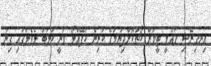
އިނގިރޭސި ގައުމީ ޓީމަށް ކޯޗުކޮށްދިނުމުގެ ކުރިން ކަޕޭއްލޯ ވަނީ ކުލަބު ލެވެލްގައި ގިނަ